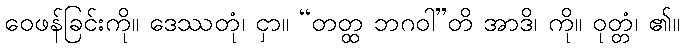
ဝေဖန်ခြင်းကို။ ဒေဿတုံ၊ ငှာ။ “တတ္ထ ဘဂဝါ”တိ အာဒိ၊ ကို။ ဝုတ္တံ၊ ၏။